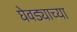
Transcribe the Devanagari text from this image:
घेवड्याच्या